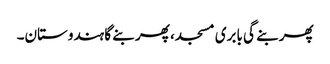
پھر بنے گی بابری مسجد، پھر بنے گا ہندوستان۔